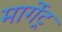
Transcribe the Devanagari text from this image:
मार्गेट्र